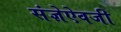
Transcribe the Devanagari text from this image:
संज्ञेऐवजी